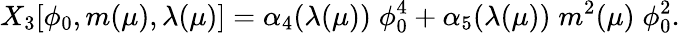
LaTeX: X_{3}[\phi_{0},m(\mu),\lambda(\mu)]=\alpha_{4}(\lambda(\mu))\; \phi_{0}^{4}+\alpha_{5}(\lambda(\mu))\; m^{2}(\mu)\; \phi_{0}^{2}.